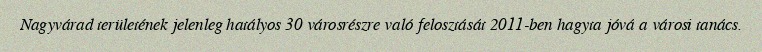
Nagyvárad területének jelenleg hatályos 30 városrészre való felosztását 2011-ben hagyta jóvá a városi tanács.